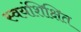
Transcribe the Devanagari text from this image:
स्वयंशिक्षित